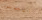
الجاسوس